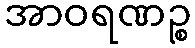
အာဝရဏဉ္စ